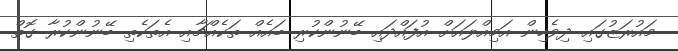
މައުރަޒުގައި ދިވެހިން އަމިއްލައަށް އުފައްދައި ބޭނުންކުރި ބައެއް ތަކެއްޗާއި އެތަކެތި ބޭނުންކުރާ ގޮތް